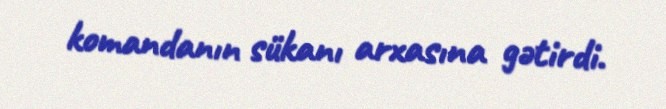
komandanın sükanı arxasına gətirdi.